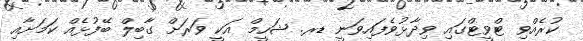
ކުރެއްވި ޓްވީޓްގައި ވިދާޅުވެފައިވަނީ ޑރ. ޝަހީމް އަކީ ވަރަށް ގާބިލް ބޭފުޅެއް ކަމަށާއި